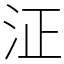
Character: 泟